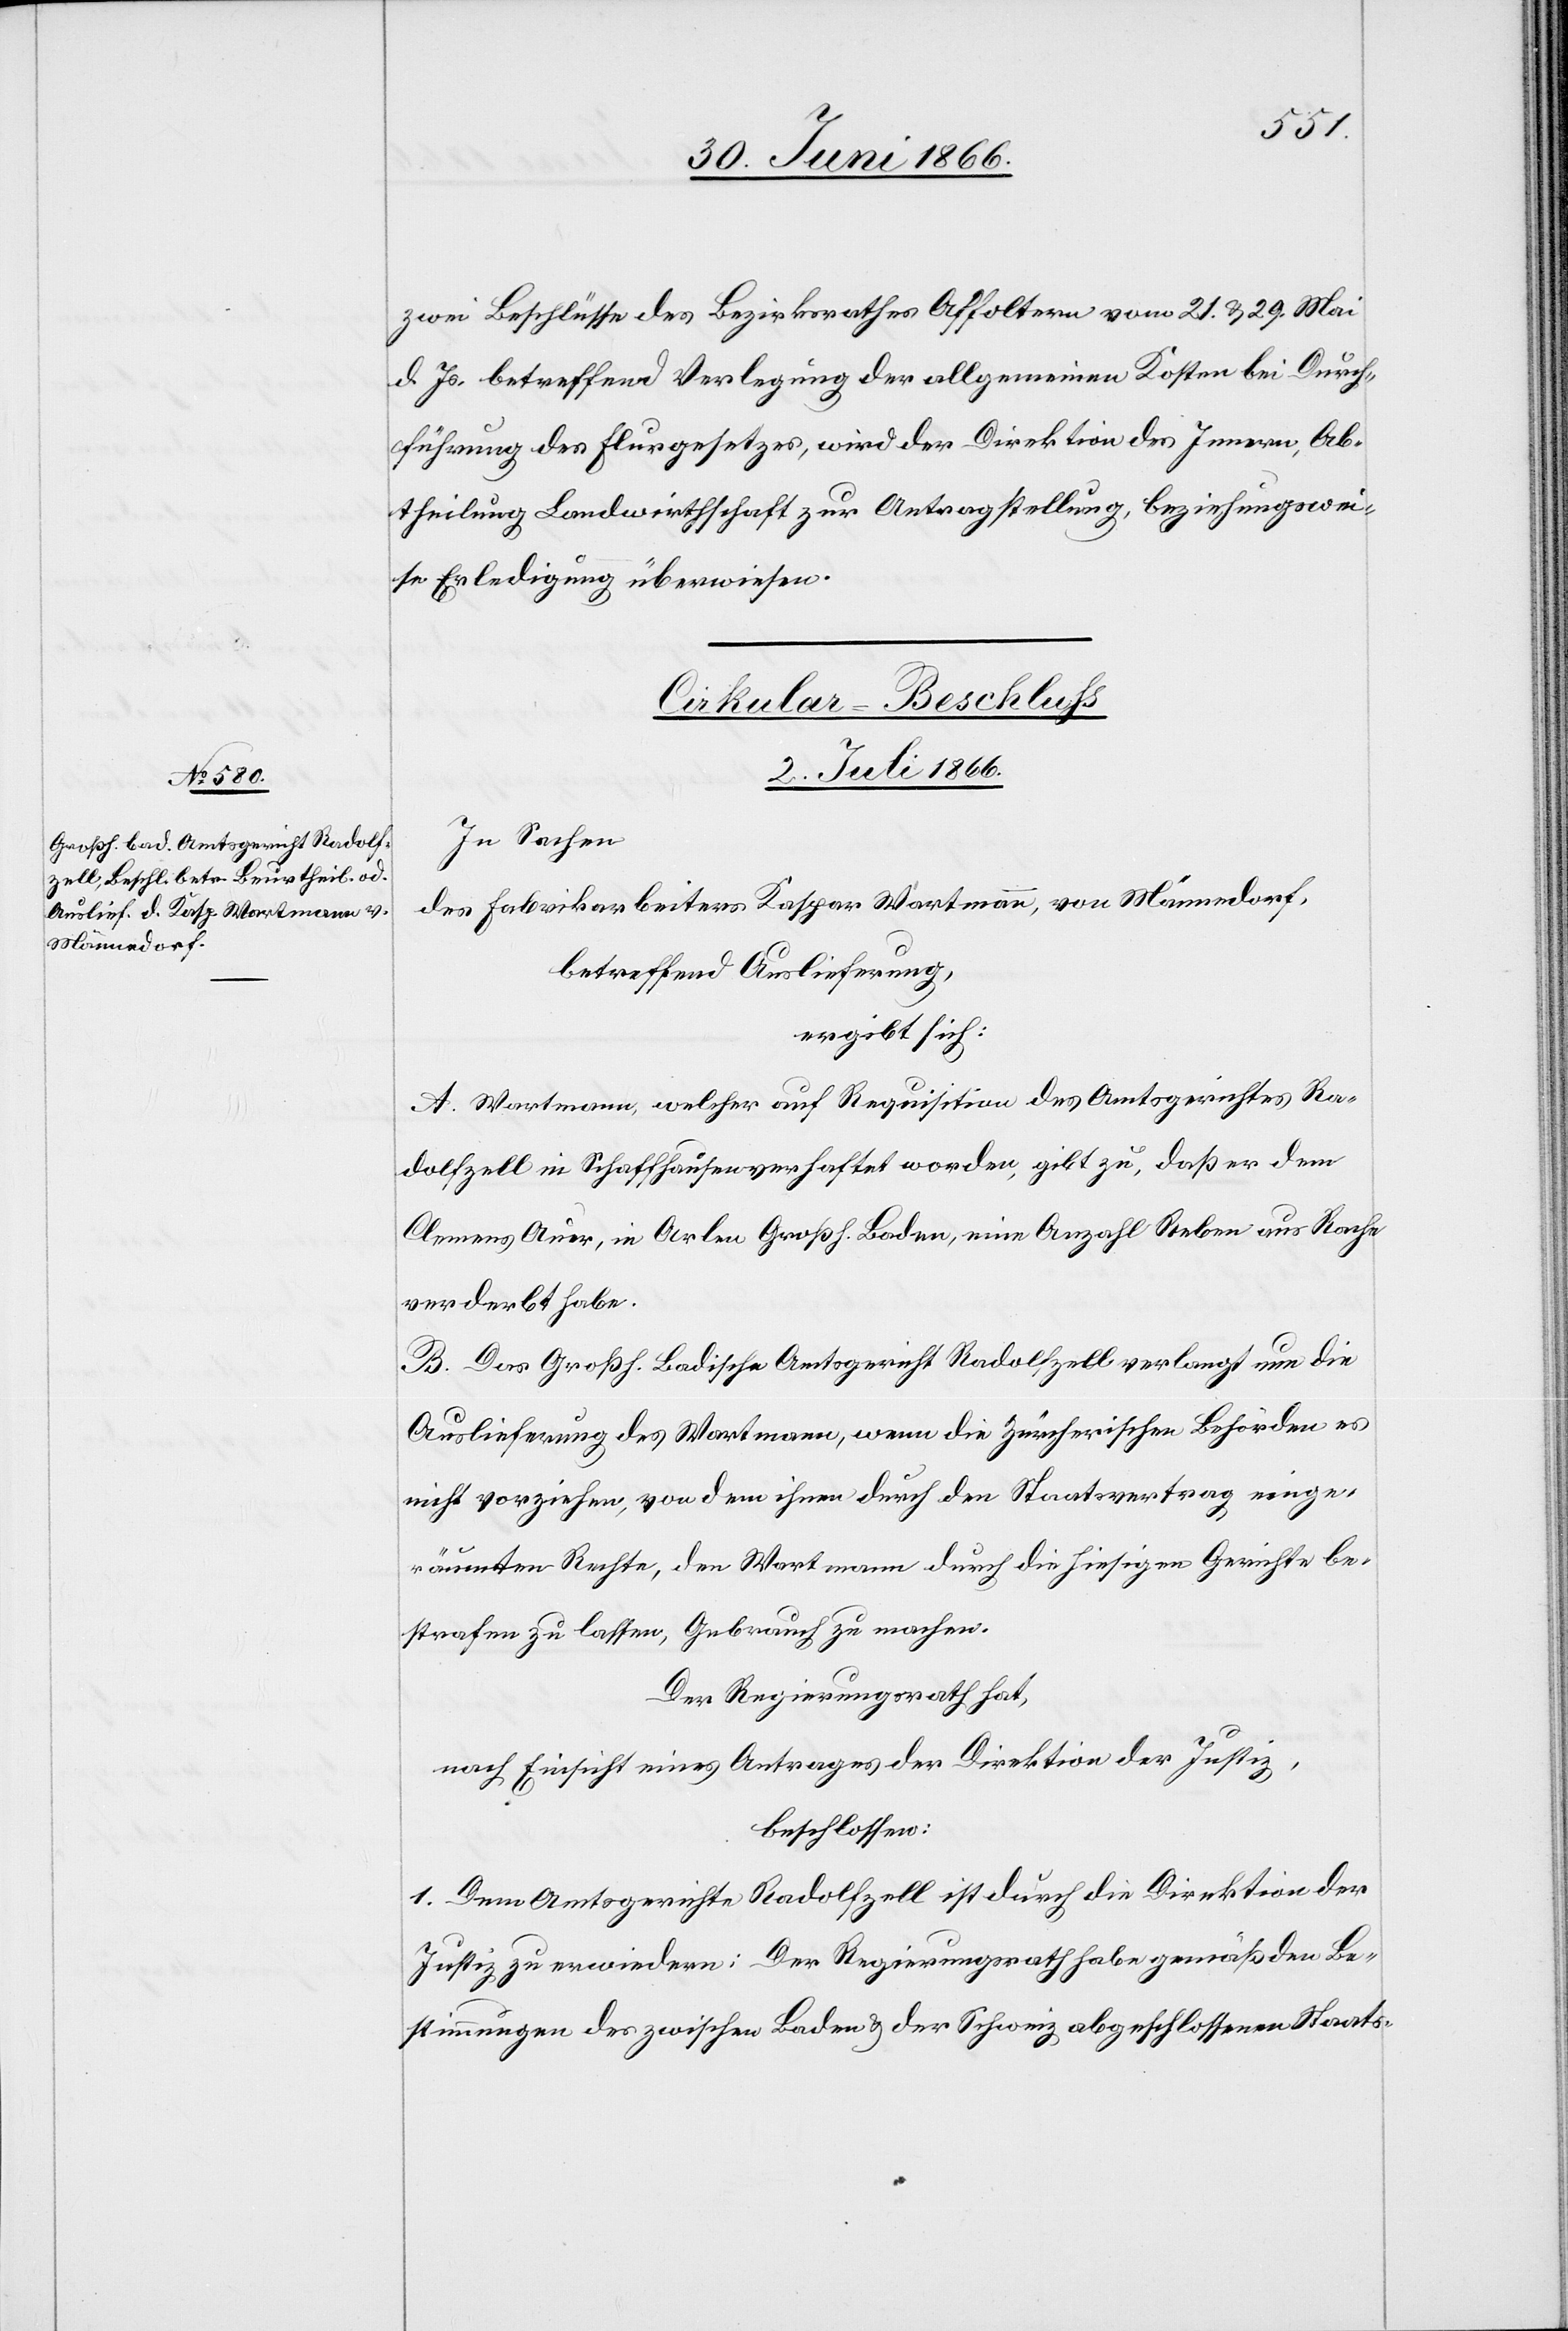
zwei Beschlüsse des Bezirksrathes Affoltern vom 21. u. 29. Mai
d. Js. betreffend Verlegung der allgemeinen Kosten bei Durch¬
führung des Flurgesetzes, wird der Direktion des Innern, Ab¬
theilung Landwirthschaft zur Antragstellung, beziehungswei¬
se Erledigung überwiesen.
Cirkular-Beschluß
2. Juli 1866.
In Sachen
des Fabrikarbeiters Kaspar Wartmann, von Männedorf,
betreffend Auslieferung,
ergibt sich:
A. Wartmann, welcher auf Requisition des Amtsgerichtes Ra¬
dolfzell in Schaffhausen verhaftet worden, gibt zu, daß er dem
Clemens Auer, in Arlen Großh. Baden, eine Anzahl Reben aus Rache
verderbt habe.
B. Das Großh. Badische Amtsgericht Radolfzell verlangt nun die
Auslieferung des Wartmann, wenn die Zürcherische Behörde es
nicht vorziehe, von dem ihren durch den Staatsvertrag einge¬
räumten Rechte, den Wartmann durch die hiesigen Gerichte be¬
strafen zu lassen, Gebrauch zu machen.
Der Regierungsrath hat,
nach Einsicht eines Antrages der Direktion der Justiz,
beschlossen:
1. Dem Amtsgerichte Radolfzell ist durch die Direktion der
Justiz zu erwiedern: Der Regierungsrath habe gemäß den Be¬
stimmungen des zwischen Baden u. der Schweiz abgeschlossenen Staats-